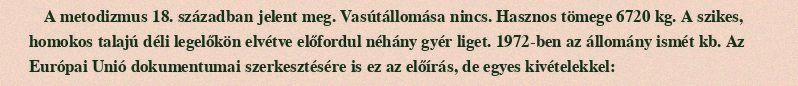
A metodizmus 18. században jelent meg. Vasútállomása nincs. Hasznos tömege 6720 kg. A szikes, homokos talajú déli legelőkön elvétve előfordul néhány gyér liget. 1972-ben az állomány ismét kb. Az Európai Unió dokumentumai szerkesztésére is ez az előírás, de egyes kivételekkel: